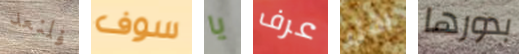
فلنعد سوف يا عرف اقل بدورها